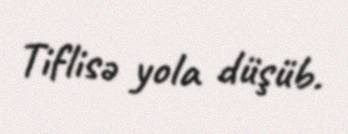
Tiflisə yola düşüb.